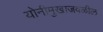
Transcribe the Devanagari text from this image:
योनीमुखाजवळील